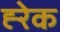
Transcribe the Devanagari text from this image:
ह्‍रेक